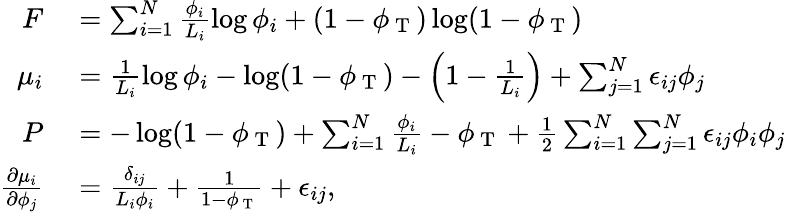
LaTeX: \begin{array}{rl}{F}&{{}=\sum_{i=1}^{N}\frac{\phi_{i}}{L_{i}}\log\phi_{i}+(1-\phi_{\mathrm{~T~}})\log(1-\phi_{\mathrm{~T~}})}\\ {\mu_{i}}&{{}=\frac{1}{L_{i}}\log\phi_{i}-\log(1-\phi_{\mathrm{~T~}})-\left(1-\frac{1}{L_{i}}\right)+\sum_{j=1}^{N}\epsilon_{ij}\phi_{j}}\\ {P}&{{}=-\log(1-\phi_{\mathrm{~T~}})+\sum_{i=1}^{N}\frac{\phi_{i}}{L_{i}}-\phi_{\mathrm{~T~}}+\frac{1}{2}\sum_{i=1}^{N}\sum_{j=1}^{N}\epsilon_{ij}\phi_{i}\phi_{j}}\\ {\frac{\partial\mu_{i}}{\partial\phi_{j}}}&{{}=\frac{\delta_{ij}}{L_{i}\phi_{i}}+\frac{1}{1-\phi_{\mathrm{~T~}}}+\epsilon_{ij},}\end{array}